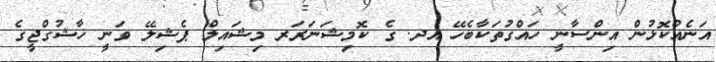
އަނެއްކޮޅުން އިންސާނީ ހައްގުތަކާބެހޭ އދ. ގެ ކޮމިޝަނަރަރ މިޝައިލް ޕެޝިލޭ ވަނީ ޚާޝުގްޖީގެ